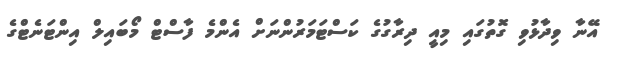
އޭނާ ވިދާޅުވި ގޮތުގައި މިއީ ދިރާގުގެ ކަސްޓަމަރުންނަށް އެންމެ ފާސްޓް މޯބައިލް އިންޓަނެޓްގެ